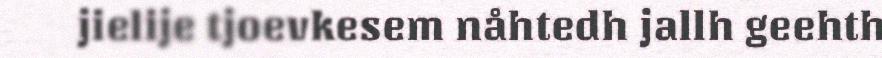
jielije tjoevkesem nåhtedh jallh geehth